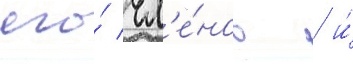
его́ чл'е́нов / и́